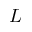
L